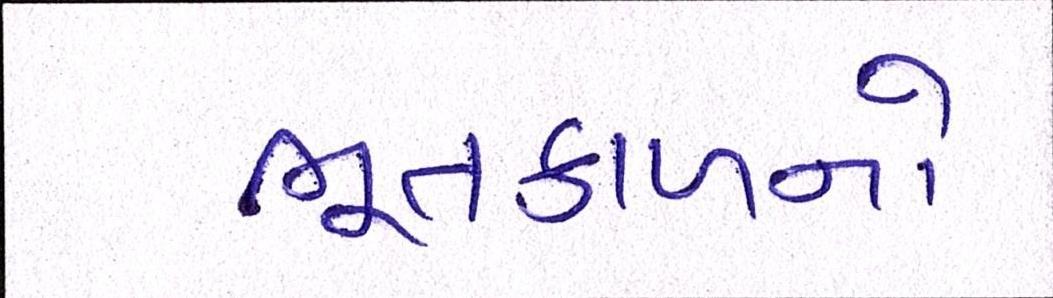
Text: ભૂતકાળનો